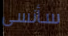
سأنسى